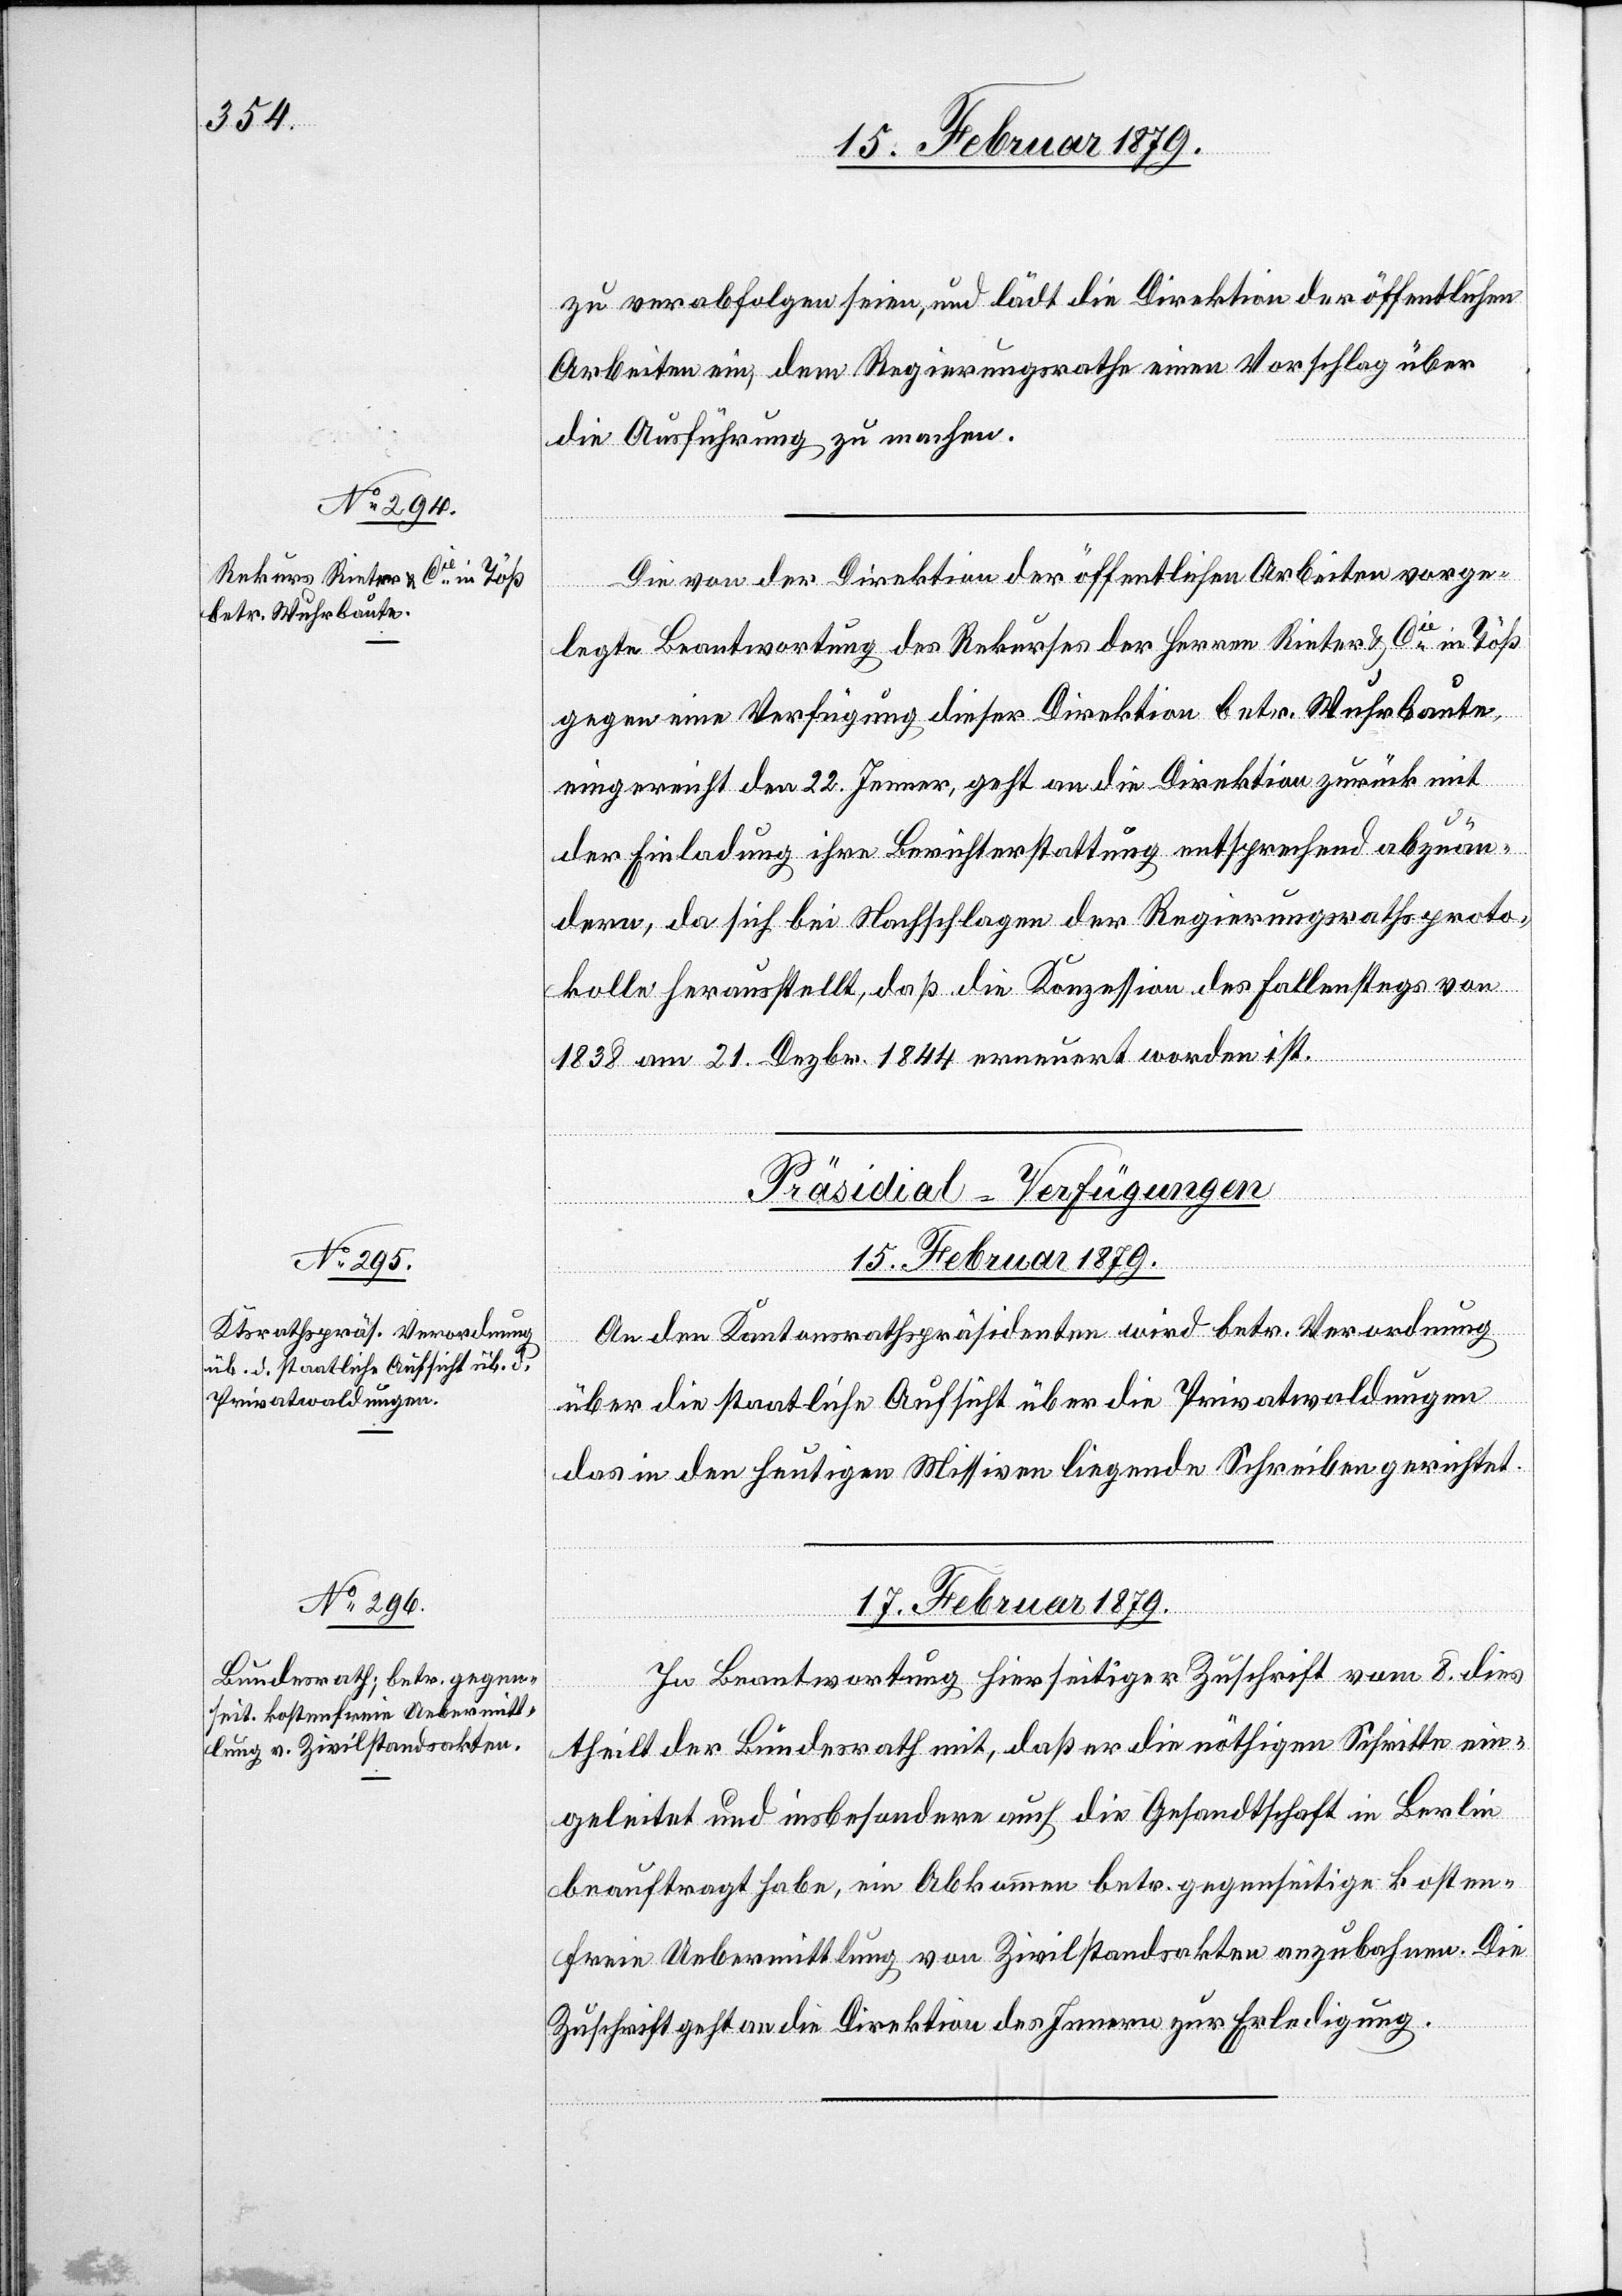
zu verabfolgen seien, und lädt die Direktion der öffentlichen
Arbeiten ein, dem Regierungsrathe einen Vorschlag über
die Ausführung zu machen.
Die von der Direktion der öffentlichen Arbeiten vorge¬
legte Beantwortung des Rekurses der Herren Rieter & Cie in Töß
gegen eine Verfügung dieser Direktion betr. Wuhrbaute,
eingereicht den 22. Jenner, geht an die Direktion zurück mit
der Einladung ihre Berichterstattung entsprechend abzuän¬
dern, da sich bei Nachschlagen der Regierungsrathsproto¬
kolle herausstellt, daß die Konzession des Fallenstegs von
1838 am 21. Dezbr. 1844 erneuert worden ist.
[Präsidial-Verfügungen]
15. Februar 1879.
An den Kantonsrathspräsidenten wird betr. Verordnung
über die staatliche Aufsicht über die Privatwaldungen
das in den heutigen Missiven liegende Schreiben gerichtet.
17. Februar 1879.
In Beantwortung hierseitiger Zuschrift vom 8. dies
theilt der Bundesrath mit, daß er die nöthigen Schritte ein¬
geleitet und insbesondere auch die Gesandtschaft in Berlin
beauftragt habe, ein Abkommen betr. gegenseitige kosten¬
freie Uebermittlung von Zivilstandsakten anzubahnen. Die
Zuschrift geht an die Direktion des Innern zur Erledigung.